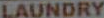
LAUNDRY